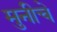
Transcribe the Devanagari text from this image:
मुनीचे